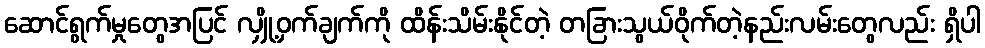
ဆောင်ရွက်မှုတွေအပြင် လျှို့ဝှက်ချက်ကို ထိန်းသိမ်းနိုင်တဲ့ တခြားသွယ်ဝိုက်တဲ့နည်းလမ်းတွေလည်း ရှိပါ